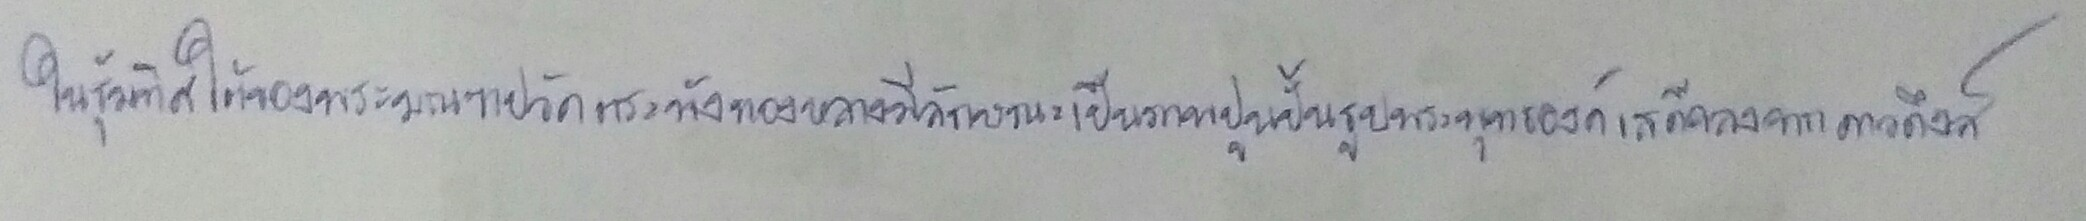
ในซุ้มทิศใต้ของพระมณฑปวัดตระพังทองหลางมีลักษณะเป็นภาพปูนปั้นรูปพระพุทธองค์เสด็จลงจากดาวดึงส์